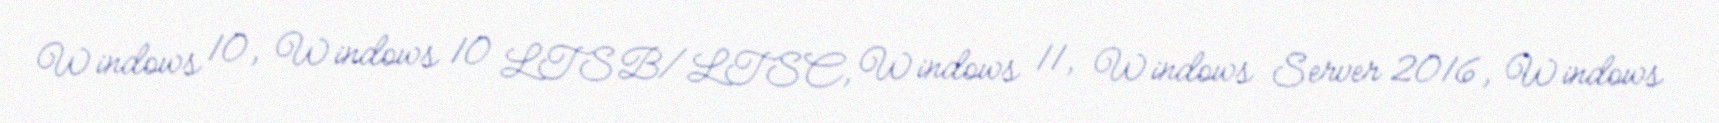
Windows 10, Windows 10 LTSB/LTSC, Windows 11, Windows Server 2016, Windows